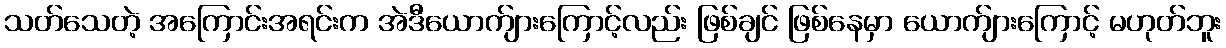
သတ်သေတဲ့ အကြောင်းအရင်းက အဲဒီယောက်ျားကြောင့်လည်း ဖြစ်ချင် ဖြစ်နေမှာ ယောက်ျားကြောင့် မဟုတ်ဘူး